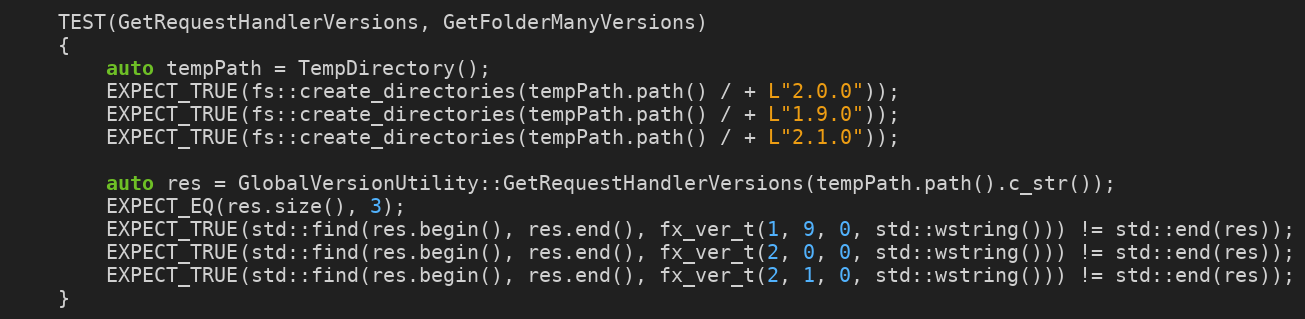
Language: C++
    TEST(GetRequestHandlerVersions, GetFolderManyVersions)
    {
        auto tempPath = TempDirectory();
        EXPECT_TRUE(fs::create_directories(tempPath.path() / + L"2.0.0"));
        EXPECT_TRUE(fs::create_directories(tempPath.path() / + L"1.9.0"));
        EXPECT_TRUE(fs::create_directories(tempPath.path() / + L"2.1.0"));

        auto res = GlobalVersionUtility::GetRequestHandlerVersions(tempPath.path().c_str());
        EXPECT_EQ(res.size(), 3);
        EXPECT_TRUE(std::find(res.begin(), res.end(), fx_ver_t(1, 9, 0, std::wstring())) != std::end(res));
        EXPECT_TRUE(std::find(res.begin(), res.end(), fx_ver_t(2, 0, 0, std::wstring())) != std::end(res));
        EXPECT_TRUE(std::find(res.begin(), res.end(), fx_ver_t(2, 1, 0, std::wstring())) != std::end(res));
    }